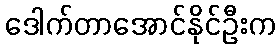
ဒေါက်တာအောင်နိုင်ဦးက